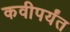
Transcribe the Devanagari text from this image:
कवीपर्यंत